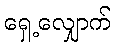
ရှေ့လျှောက်